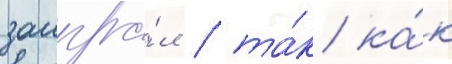
заигра́л / та́к ка́к